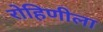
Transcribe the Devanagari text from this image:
रोहिणीला